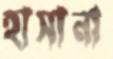
হাসানা